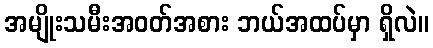
အမျိုးသမီးအဝတ်အစား ဘယ်အထပ်မှာ ရှိလဲ။